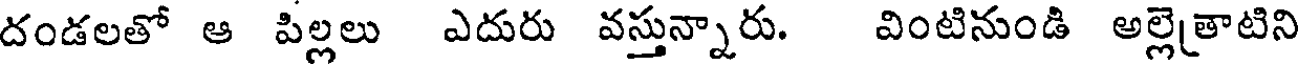
దండలతో ఆ పిల్లలు ఎదురు వస్తున్నారు. వింటినుండి అల్లెతాటిని